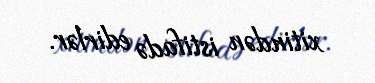
xitindən istifadə edirlər.